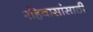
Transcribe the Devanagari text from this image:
रहिवासांसाठी